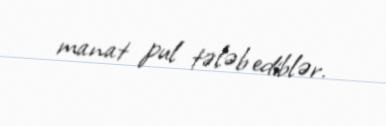
manat pul tələb ediblər.